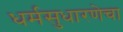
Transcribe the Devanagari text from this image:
धर्मसुधारणेचा